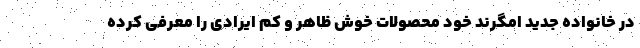
در خانواده جدید امگرند خود محصولات خوش ظاهر و کم ایرادی را معرفی کرده